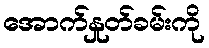
အောက်နှုတ်ခမ်းကို